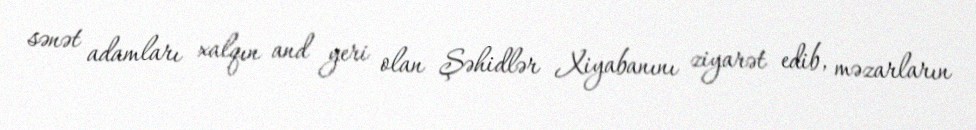
sənət adamları xalqın and yeri olan Şəhidlər Xiyabanını ziyarət edib, məzarların